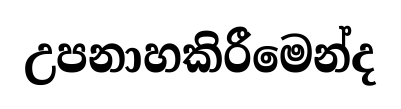
උපනාහකිරීමෙන්ද